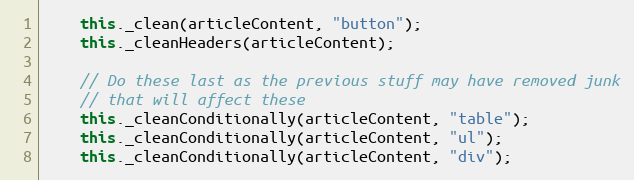
Language: JavaScript
    this._clean(articleContent, "button");
    this._cleanHeaders(articleContent);

    // Do these last as the previous stuff may have removed junk
    // that will affect these
    this._cleanConditionally(articleContent, "table");
    this._cleanConditionally(articleContent, "ul");
    this._cleanConditionally(articleContent, "div");